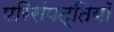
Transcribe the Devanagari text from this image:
परिसंपत्तियॉ